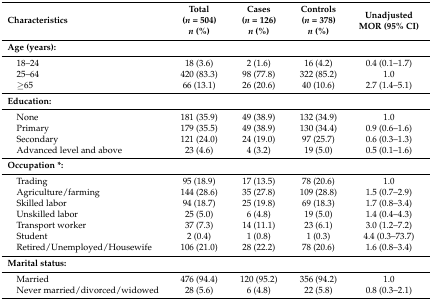
<table><thead><tr><td><b>Characteristics</b></td><td><b>Total(<i>n</i> = 504)<i>n</i> (%)</b></td><td><b>Cases(<i>n</i> = 126)<i>n</i> (%)</b></td><td><b>Controls(<i>n</i> = 378)<i>n</i> (%)</b></td><td><b>Unadjusted MOR (95% CI)</b></td></tr></thead><tbody><tr><td><b>Age (years):</b></td><td></td><td></td><td></td><td></td></tr><tr><td> 18–24</td><td>18 (3.6)</td><td>2 (1.6)</td><td>16 (4.2)</td><td>0.4 (0.1–1.7)</td></tr><tr><td> 25–64</td><td>420 (83.3)</td><td>98 (77.8)</td><td>322 (85.2)</td><td>1.0</td></tr><tr><td> ≥65 </td><td>66 (13.1)</td><td>26 (20.6)</td><td>40 (10.6)</td><td>2.7 (1.4–5.1)</td></tr><tr><td><b>Education:</b></td><td></td><td></td><td></td><td></td></tr><tr><td> None</td><td>181 (35.9)</td><td>49 (38.9)</td><td>132 (34.9)</td><td>1.0</td></tr><tr><td> Primary</td><td>179 (35.5)</td><td>49 (38.9)</td><td>130 (34.4)</td><td>0.9 (0.6–1.6)</td></tr><tr><td> Secondary</td><td>121 (24.0)</td><td>24 (19.0)</td><td>97 (25.7)</td><td>0.6 (0.3–1.3)</td></tr><tr><td> Advanced level and above</td><td>23 (4.6)</td><td>4 (3.2)</td><td>19 (5.0)</td><td>0.5 (0.1–1.6)</td></tr><tr><td><b>Occupation *:</b></td><td></td><td></td><td></td><td></td></tr><tr><td> Trading</td><td>95 (18.9)</td><td>17 (13.5)</td><td>78 (20.6)</td><td>1.0</td></tr><tr><td> Agriculture/farming</td><td>144 (28.6)</td><td>35 (27.8)</td><td>109 (28.8)</td><td>1.5 (0.7–2.9)</td></tr><tr><td> Skilled labor</td><td>94 (18.7)</td><td>25 (19.8)</td><td>69 (18.3)</td><td>1.7 (0.8–3.4)</td></tr><tr><td> Unskilled labor</td><td>25 (5.0)</td><td>6 (4.8)</td><td>19 (5.0)</td><td>1.4 (0.4–4.3)</td></tr><tr><td> Transport worker</td><td>37 (7.3)</td><td>14 (11.1)</td><td>23 (6.1)</td><td>3.0 (1.2–7.2)</td></tr><tr><td> Student</td><td>2 (0.4)</td><td>1 (0.8)</td><td>1 (0.3)</td><td>4.4 (0.3–73.7)</td></tr><tr><td> Retired/Unemployed/Housewife</td><td>106 (21.0)</td><td>28 (22.2)</td><td>78 (20.6)</td><td>1.6 (0.8–3.4)</td></tr><tr><td><b>Marital status:</b></td><td></td><td></td><td></td><td></td></tr><tr><td> Married</td><td>476 (94.4)</td><td>120 (95.2)</td><td>356 (94.2)</td><td>1.0</td></tr><tr><td> Never married/divorced/widowed</td><td>28 (5.6)</td><td>6 (4.8)</td><td>22 (5.8)</td><td>0.8 (0.3–2.1)</td></tr></tbody></table>